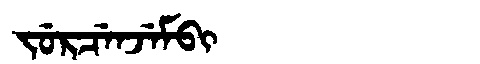
Manchu: ᠵᡠᡵᠴᡝᠨᠵᡝᠮᠪᡳ
Romanization: JURCENJEMBI